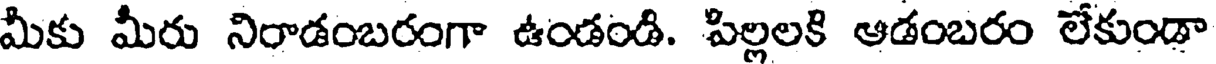
మీకు మీరు నిరాడంబరంగా ఉండండి. పిల్లలకి ఆడంబరం లేకుండా